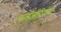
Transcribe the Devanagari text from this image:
अलजीरियायी